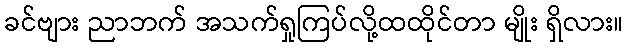
ခင်ဗျား ညာဘက် အသက်ရှုကြပ်လို့ထထိုင်တာ မျိုး ရှိလား။